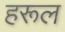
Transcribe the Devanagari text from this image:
हरूल